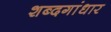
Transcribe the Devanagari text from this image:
शब्दगांधार